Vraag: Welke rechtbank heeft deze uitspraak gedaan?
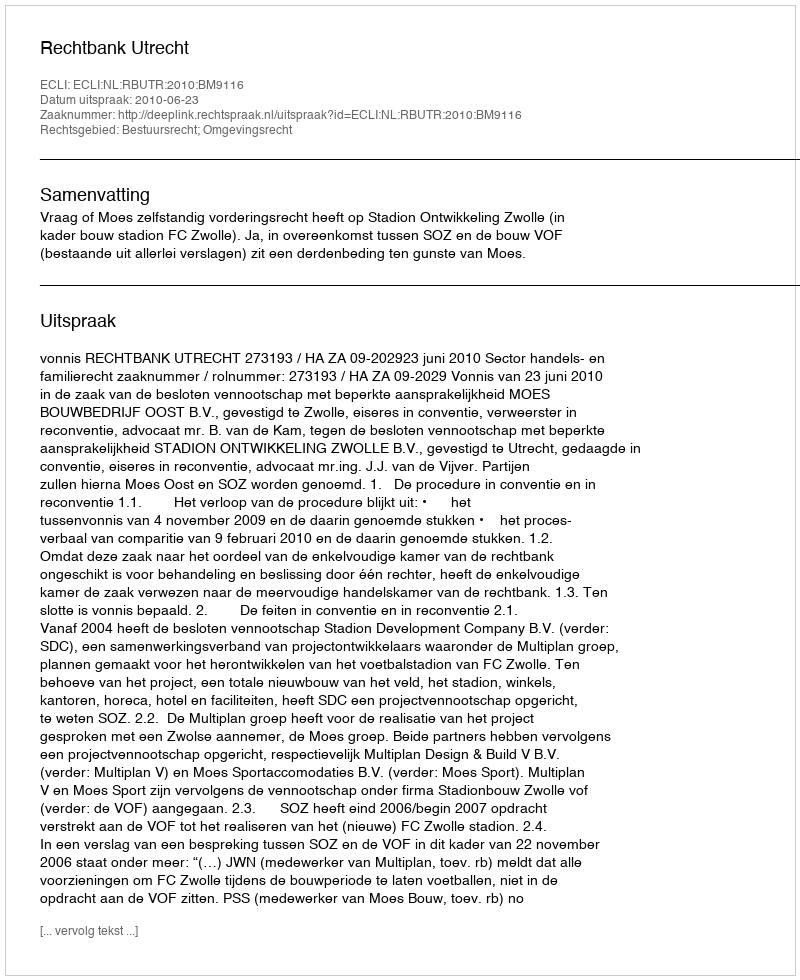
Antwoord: Rechtbank Utrecht